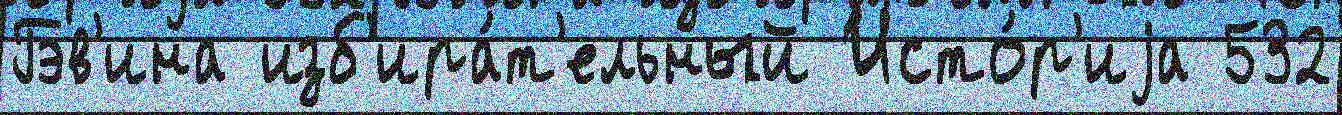
Гэв'ина изб'ира́т'ельный Исто́р'иjа 532